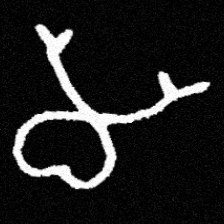
Pyu character \u2014 Myanmar letter: မ (romanized: ma)